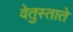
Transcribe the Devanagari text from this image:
वेतुस्ताते